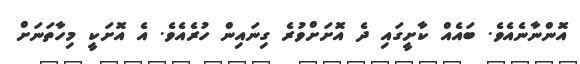
އޮންނާނެއެވެ. ބައެއް ކާށީގައި ދެ އޮށަށްވުރެ ގިނައިން ހުރެއެވެ. އެ އޮށަކީ މިހާތަނަށް